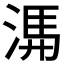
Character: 𭱃